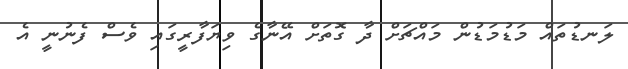
ލަނޑުތައް މަޑުމަޑުން މައްޗަށް ދާ ގޮތަށް އޭނާގެ ވިޔަފާރީގައި ވެސް ފެނުނީ އެ